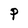
Character: P